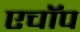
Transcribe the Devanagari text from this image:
एचॉप